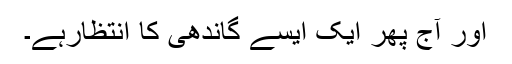
اور آج پھر ایک ایسے گاندھی کا انتظارہے۔